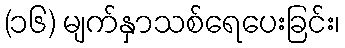
(၁၆) မျက်နှာသစ်ရေပေးခြင်း၊